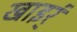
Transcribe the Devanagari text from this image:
खाइर्ं